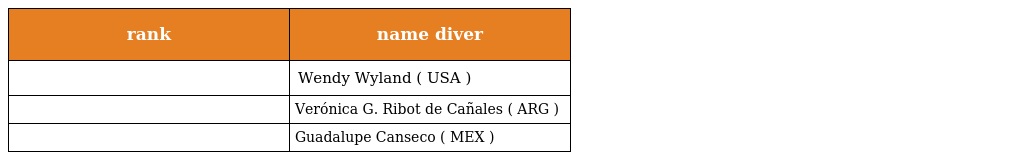
| rank | name diver |
 | --- | --- |
 |  | Wendy Wyland ( USA ) |
 |  | Verónica G. Ribot de Cañales ( ARG ) |
 |  | Guadalupe Canseco ( MEX ) |